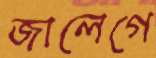
জালেগে